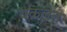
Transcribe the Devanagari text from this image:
थकलेत